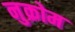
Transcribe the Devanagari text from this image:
नुक्रोम